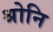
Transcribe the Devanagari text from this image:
श्रोनि